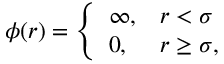
\phi ( r ) = \left\{ \begin{array} { l l } { \infty , } & { r < \sigma } \\ { 0 , } & { r \geq \sigma , } \end{array} \right.